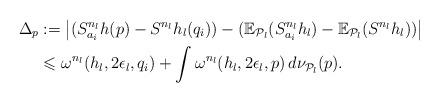
LaTeX: \begin{align*}\Delta_p&:=\big|(S^{n_l}_{a_{i}}h(p)- S^{n_l}h_l(q_i))-(\mathbb E_{\mathcal P_{l}}(S_{a_i}^{n_l} h_l)-\mathbb E_{\mathcal P_{l}}(S^{n_l}h_l))\big|\\&\leqslant \omega^{n_l}(h_l, 2\epsilon_l, q_i)+ \int \omega^{n_l}(h_l, 2\epsilon_l, p)\, d\nu_{\mathcal P_{l}}(p).\end{align*}